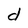
Character: d